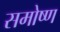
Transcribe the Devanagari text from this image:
समोष्ण